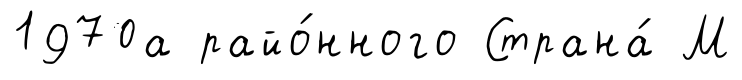
1970а райо́нного Страна́ М